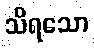
သိရသော